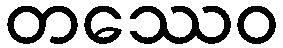
တဿေဝ